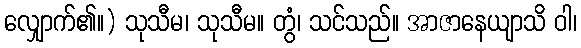
လျှောက်၏။) သုသီမ၊ သုသီမ။ တွံ၊ သင်သည်။ အာဇာနေယျာသိ ဝါ၊